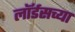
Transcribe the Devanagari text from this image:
लॉर्डसच्या